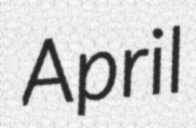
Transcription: April